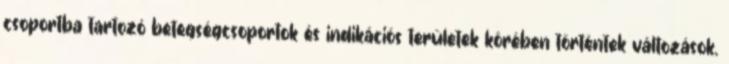
csoportba tartozó betegségcsoportok és indikációs területek körében történtek változások.